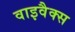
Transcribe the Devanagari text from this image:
वाइवैक्स